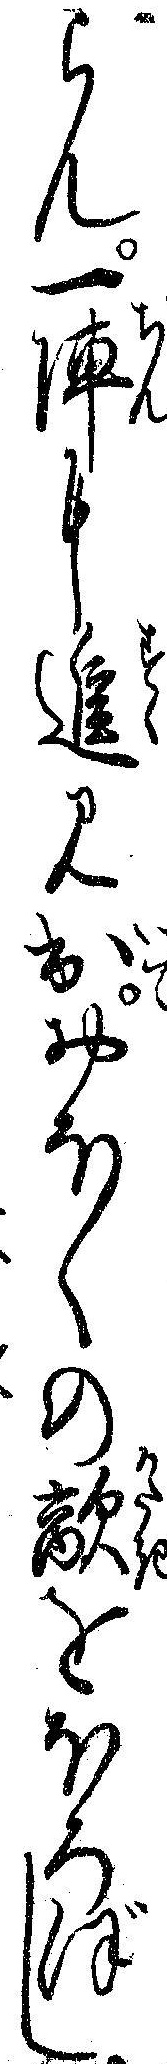
らん一陣に進み出おほくの敵をほろぼし